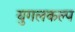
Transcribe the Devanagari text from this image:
युगलकल्प